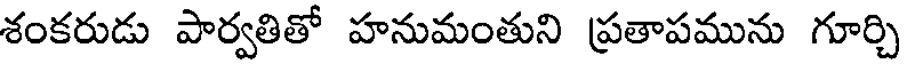
శంకరుడు పార్వతితో హనుమంతుని ప్రతాపమును గూర్చి